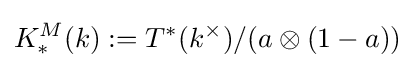
K_{*}^{M}(k):=T^{*}(k^{\times })/(a\otimes (1-a))